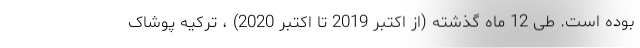
بوده است. طی 12 ماه گذشته (از اکتبر 2019 تا اکتبر 2020) ، ترکیه پوشاک